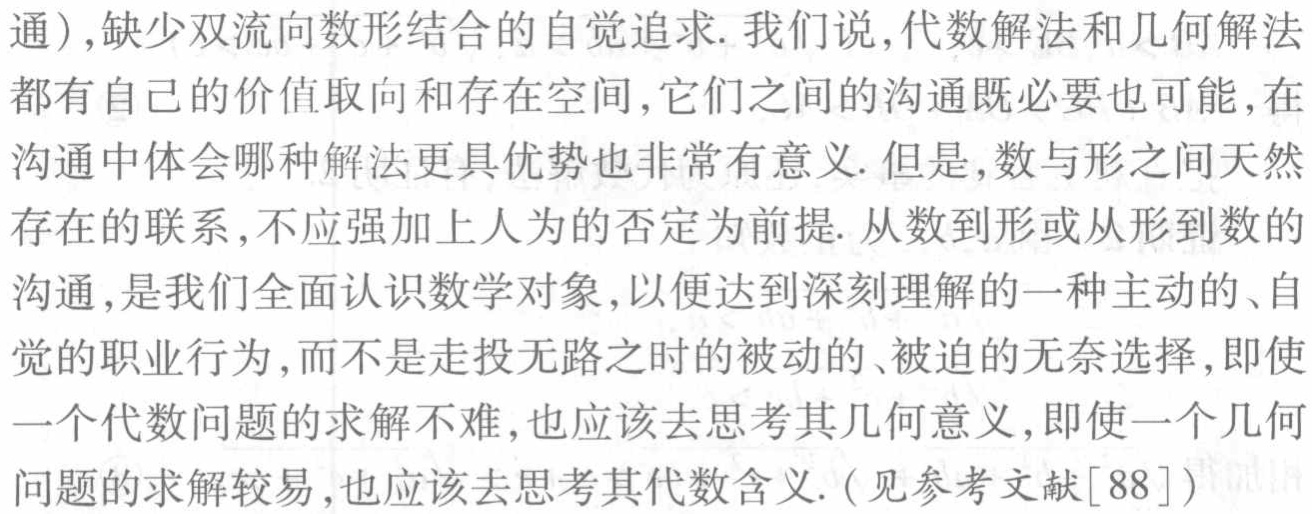
通）,缺少双流向数形结合的自觉追求. 我们说,代数解法和几何解法都有自己的价值取向和存在空间,它们之间的沟通既必要也可能,在沟通中体会哪种解法更具优势也非常有意义. 但是,数与形之间天然存在的联系,不应强加上人为的否定为前提. 从数到形或从形到数的沟通,是我们全面认识数学对象,以便达到深刻理解的一种主动的、自觉的职业行为,而不是走投无路之时的被动的、被迫的无奈选择,即使一个代数问题的求解不难,也应该去思考其几何意义,即使一个几何问题的求解较易,也应该去思考其代数含义.（见参考文献[88]）